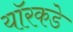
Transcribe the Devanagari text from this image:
यॉरकडे